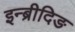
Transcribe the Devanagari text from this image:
इन्ब्रीदिङ